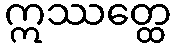
ဣဿတ္ထေ